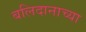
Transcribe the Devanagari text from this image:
बलिदानाच्या